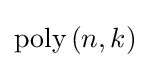
{\text{poly}}\left(n,k\right)